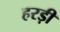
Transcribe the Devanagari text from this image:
हरड़ी